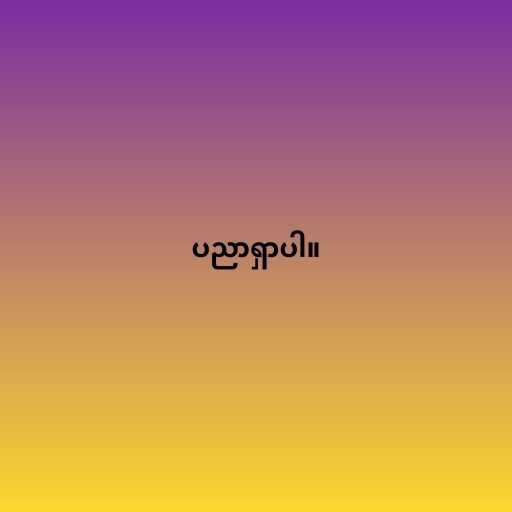
ပညာရှာပါ။